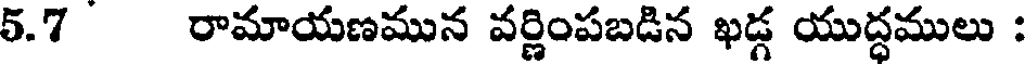
5.7 రామాయణమున వర్ణింపబడిన ఖడ్గ యుద్ధములు :